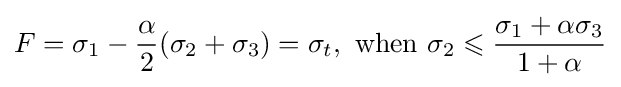
F={\sigma _{1}}-{\frac {\alpha }{2}}({\sigma _{2}}+{\sigma _{3}})={\sigma _{t}},{\text{ when  }}{\sigma _{2}}\leqslant {\frac {{\sigma _{1}}+\alpha {\sigma _{3}}}{1+\alpha }}